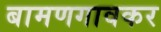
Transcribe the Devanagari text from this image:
बामणगावकर